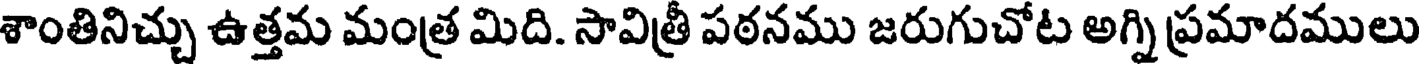
శాంతినిచ్చు ఉత్తమ మంత్ర మిది. సావిత్రీ పఠనము జరుగుచోట అగ్ని ప్రమాదములు